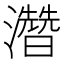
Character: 濳